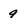
Character: 9